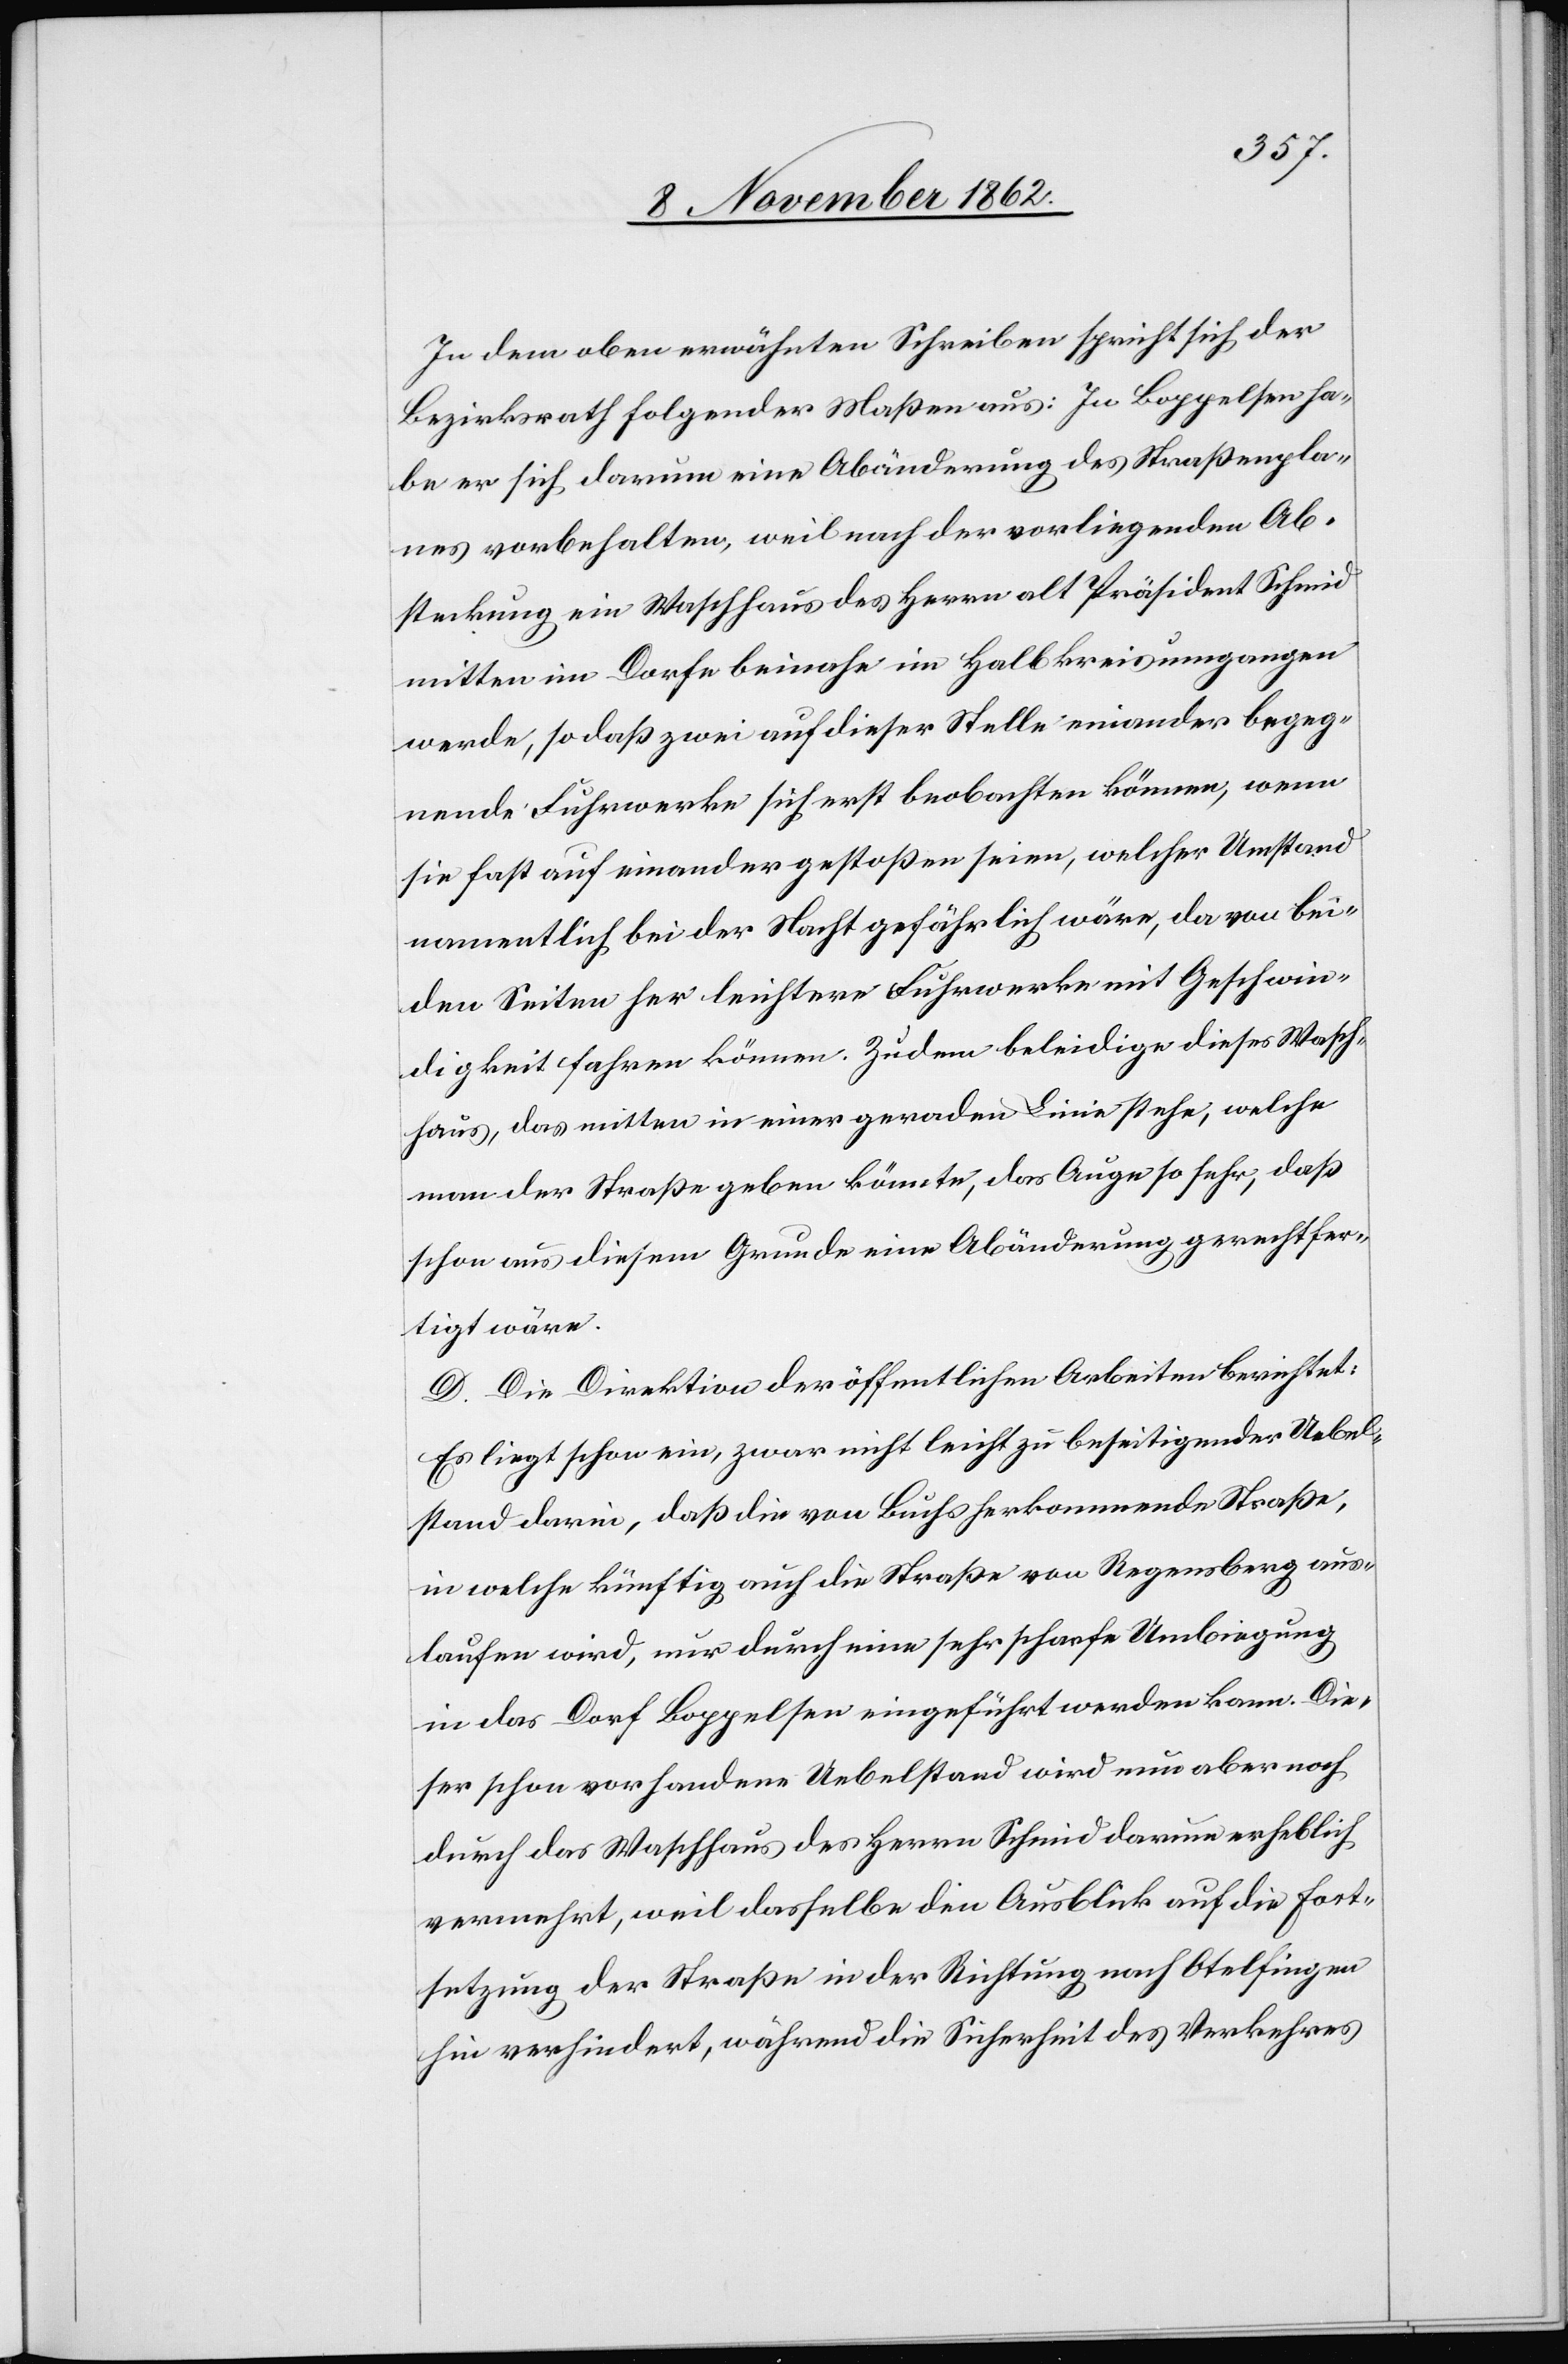
In dem oben erwähnten Schreiben spricht sich der
Bezirksrath folgender Maßen aus: In Boppelsen ha¬
be er sich darum eine Abänderung des Straßenpla¬
nes vorbehalten, weil nach der vorliegenden Ab¬
steckung ein Waschhaus des Herrn alt Präsident Schmid
mitten im Dorfe beinah ein Halbkreis umgangen
werde, so daß zwei auf dieser Stelle einander begeg¬
nende Fuhrwerke sich erst beobachten können, wenn
sie fast auf einander gestoßen seien, welcher Umstand
namentlich bei der Nacht gefährlich wäre, da von bei¬
den Seiten her leichter Fuhrwerke mit Geschwin¬
digkeit fahren können. Zudem beleidige dieses Wasch¬
haus, das mitten in einer geraden Linie stehe, welche
man der Straße geben könnte, das Auge so sehr, daß
schon aus diesem Grunde einer Abänderung gerechtfer¬
tigt wäre.
D. Die Direktion der öffentlichen Arbeiten berichtet:
Es liegt schon ein, zwar nicht leicht zu beseitigender Uebel¬
stand darin, daß die von Buchs herkommende Straße,
in welche künftig auch die Straße von Regensberg aus¬
laufen wird, nur durch eine sehr scharfe Umbiegung
in das Dorf Boppelsen eingeführt werden kann. Die¬
ser schon vorhandene Uebelstand wird nun aber noch
durch das Waschhaus des Herrn Schmid darum erheblich
vermehrt, weil dasselbe den Ausblick auf die Fort¬
setzung der Straße in der Richtung nach Otelfingen
hin verhindert, während die Sicherheit des Verkehres